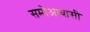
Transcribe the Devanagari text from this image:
समोआवासी